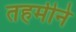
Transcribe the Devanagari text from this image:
तहमीने